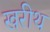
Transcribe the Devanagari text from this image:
खरीथ